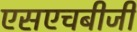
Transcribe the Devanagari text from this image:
एसएचबीजी